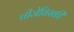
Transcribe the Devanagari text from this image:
चीजेविस्की